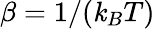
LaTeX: \beta=1/(\mathit{k}_{B}T)